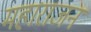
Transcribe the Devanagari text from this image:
महाराजन